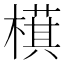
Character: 𬄤